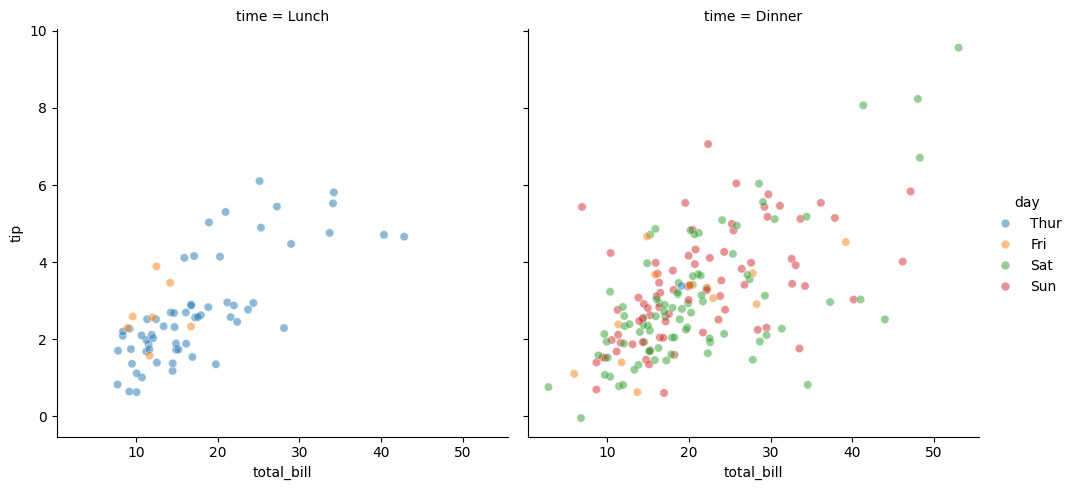
python, seaborn, relplot, alpha=0.5